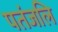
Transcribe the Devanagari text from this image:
पतंजलि